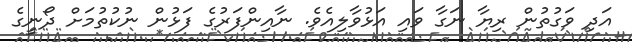
އަދި ވަގުތުން ރިޔާ ނަގާ ވައި އަޅުވާލިއެވެ. ނާއިންފަރުގެ ފަޅުން ނުކުތުމަށް ދޯނީގެ